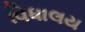
વિધાલય